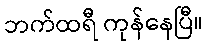
ဘက်ထရီ ကုန်နေပြီ။